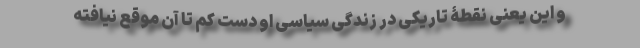
و این یعنی نقطۀ تاریکی در زندگی سیاسی او دست کم تا آن موقع نیافته